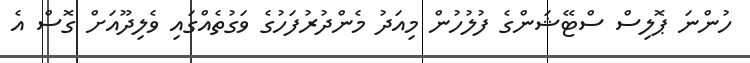
ހުންނަ ޕޮލިސް ސްޓޭޝަންގެ ފުލުހުން މިއަދު މެންދުރުފަހުގެ ވަގުތެއްގައި ވެލިދޫއަށް ގޮސް އެ